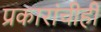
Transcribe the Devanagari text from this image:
प्रकारांचीही